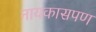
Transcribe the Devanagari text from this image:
नायकासपण